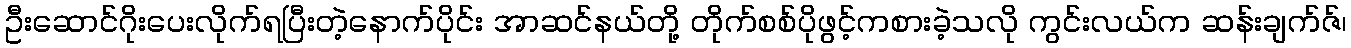
ဦးဆောင်ဂိုးပေးလိုက်ရပြီးတဲ့နောက်ပိုင်း အာဆင်နယ်တို့ တိုက်စစ်ပိုဖွင့်ကစားခဲ့သလို ကွင်းလယ်က ဆန်းချက်ဇ်၊